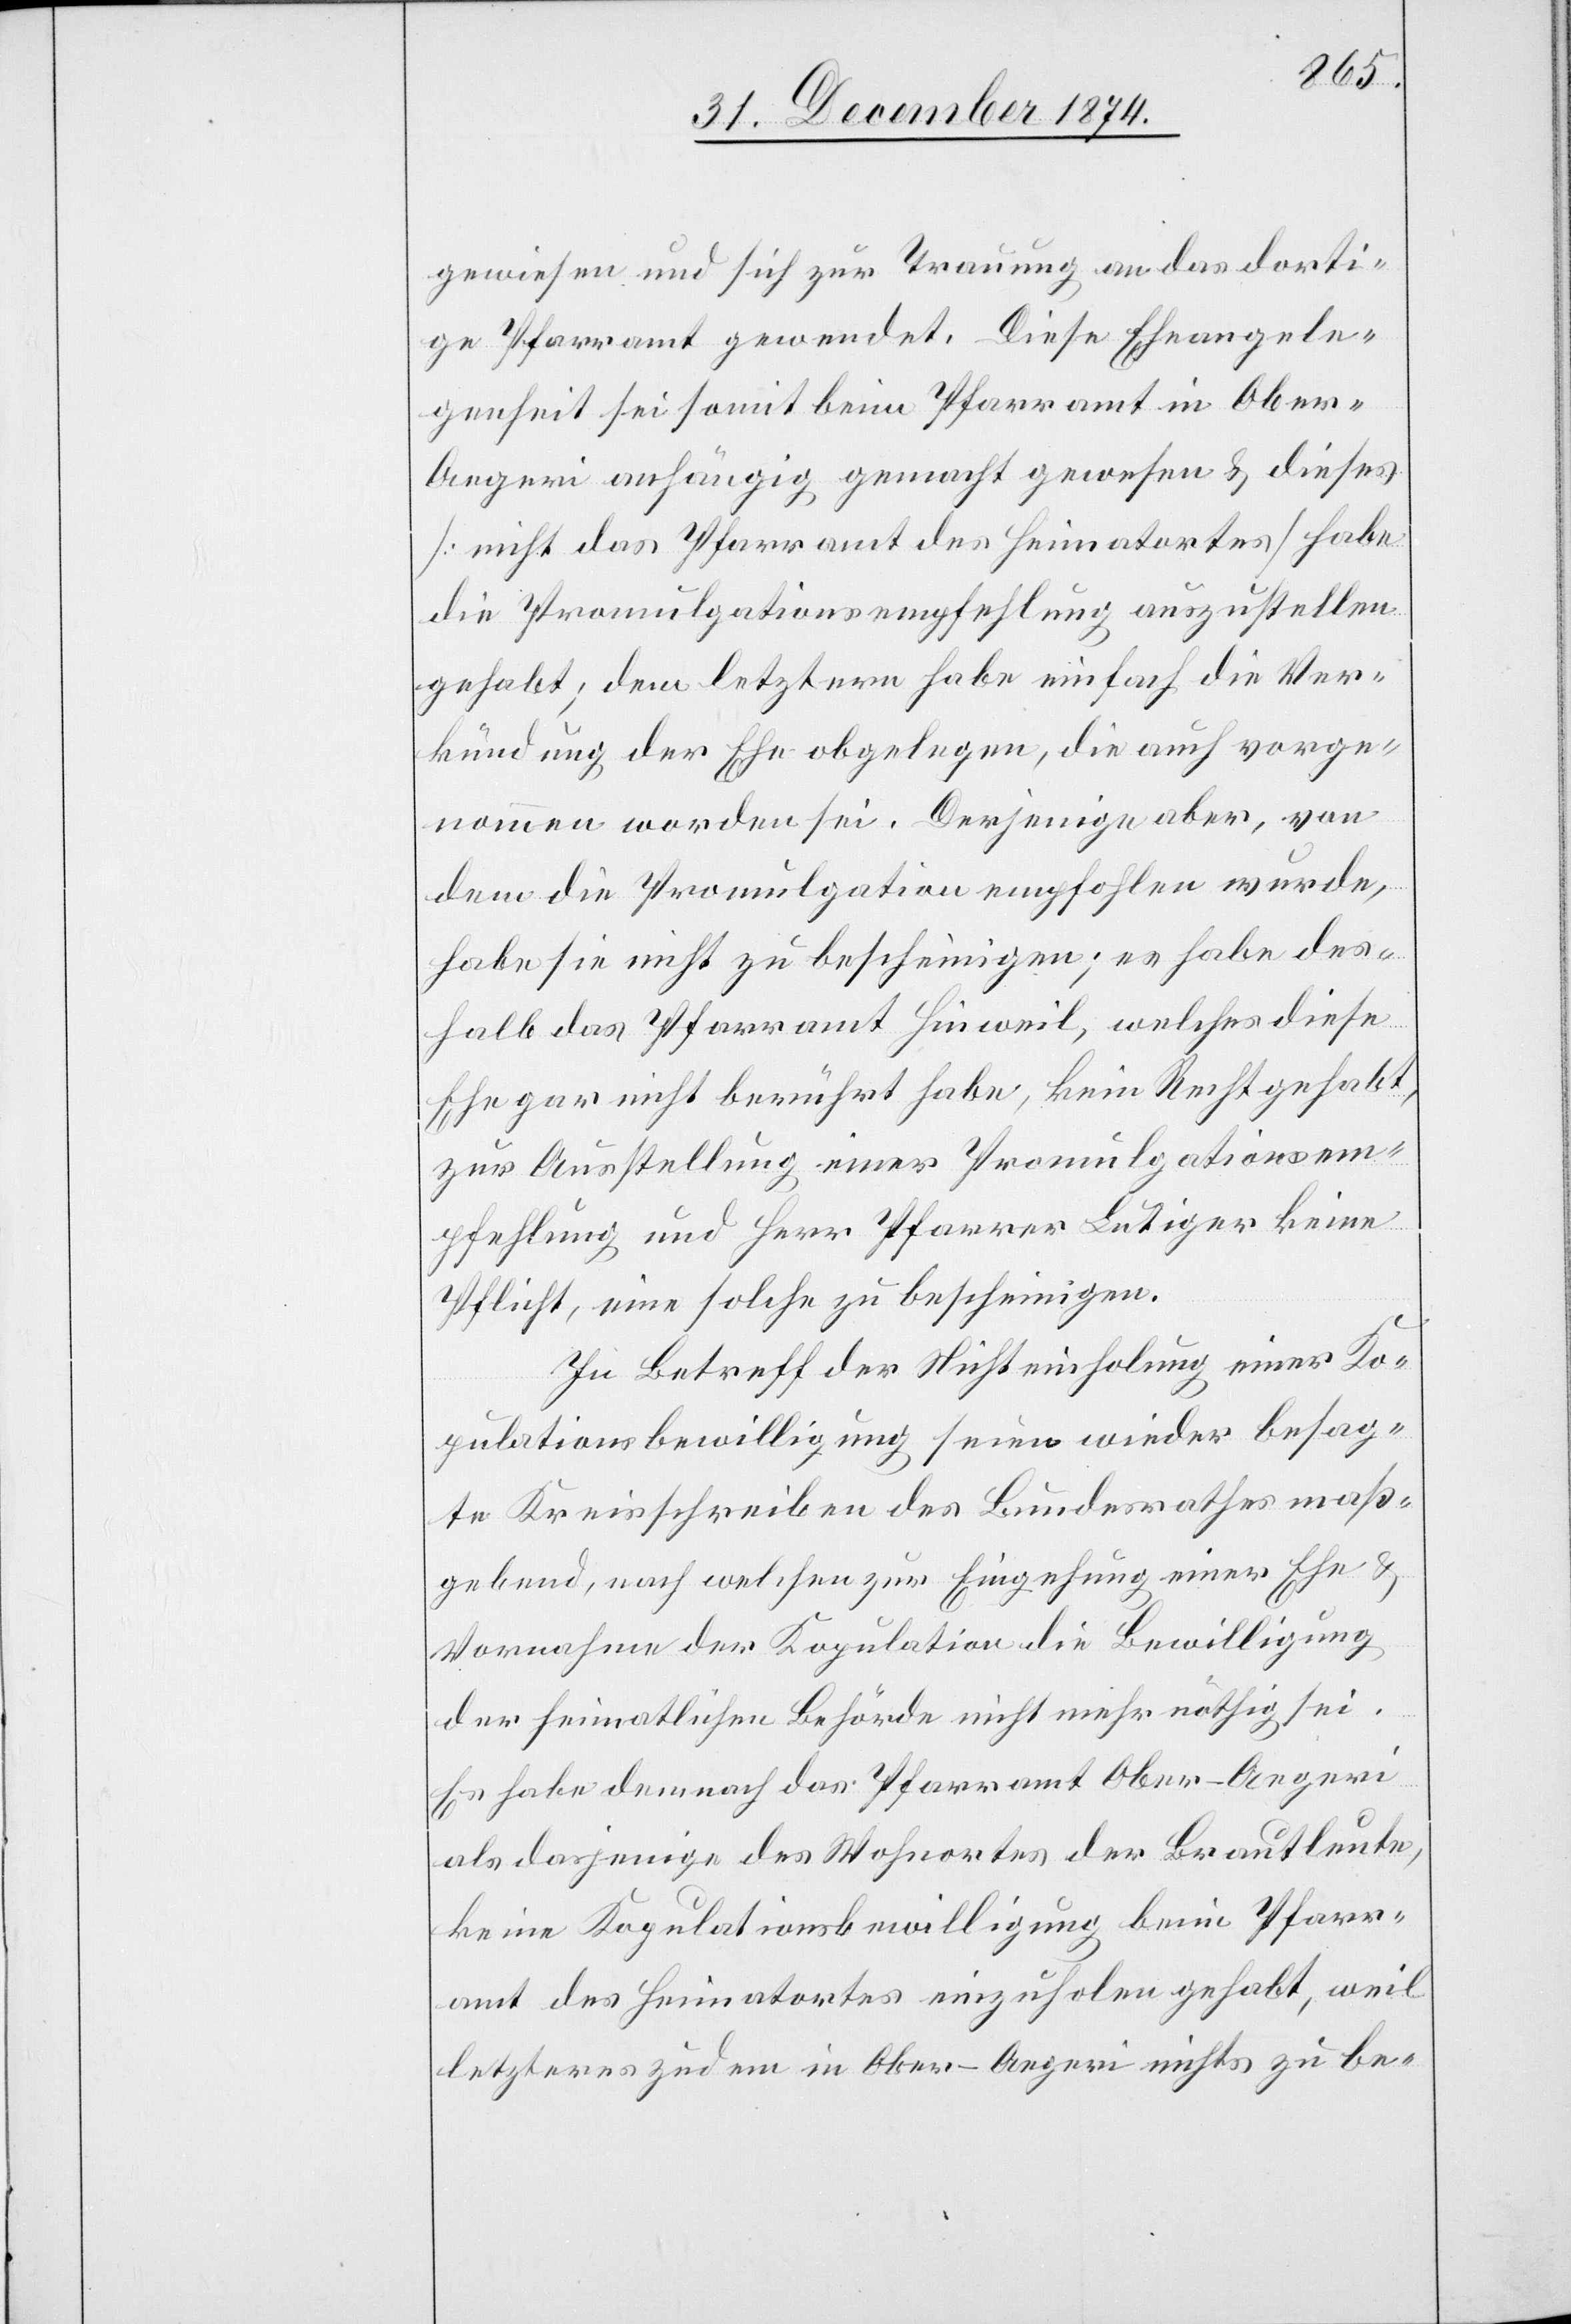
gewiesen und sich zur Trauung an das dorti¬
ge Pfarramt gewendet. Diese Eheangele¬
genheit sei somit beim Pfarramt in Ober-A¬
egeri anhängig gemacht gewesen & dieses
[nicht das Pfarramt des Heimatortes] habe
die Promulgationsempfehlung auszustellen
gehabt; den letztern habe einfach die Ver¬
kündung der Ehe obgelegen, die auch vorge¬
nommen worden sei. Derjenige aber, von
dem die Promulgation empfohlen wurde,
habe sie nicht zu bescheinigen; es habe des¬
halb das Pfarramt Hinweil, welches diese
Ehe gar nicht berührt habe, kein Recht gehabt,
zur Ausstellung einer Promulgationsem¬
pfehlung und Herr Pfarrer Lutiger keine
Pflicht, eine solche zu bescheinigen.
In Betreff der Nichteinholung einer Ko¬
pulationsbewilligung seien wieder besag¬
te Kreisschreiben des Bundesrathes maß¬
gebend, nach welchen zur Eingehung einer Ehe &
Vornahme der Kopulation die Bewilligung
der heimatlichen Behörde nicht mehr nöthig sei.
Es habe demnach das Pfarramt Ober-Aegeri
als dasjenige des Wohnortes der Brautleute,
keine Kopulationsbewilligung beim Pfarr¬
amt des Heimatortes einzuholen gehabt, weil
letzteres zudem in Ober-Aegeri nichts zu be-